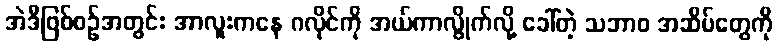
အဲဒီဖြစ်စဉ်အတွင်း အာလူးကနေ ဂလိုင်ကို အယ်ကာလွိုက်လို့ ခေါ်တဲ့ သဘာဝ အဆိပ်တွေကို